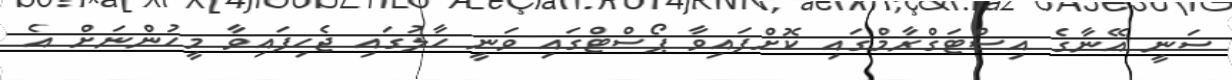
ސަނީ އޭނާގެ އިސްޓަގްރާމްގައި ކޮށްފައިވާ ޕޯސްޓްގައި ވަނީ ހާލުގައި ޖެހިފައިވާ މީހުންނަށް އެ